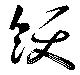
飫